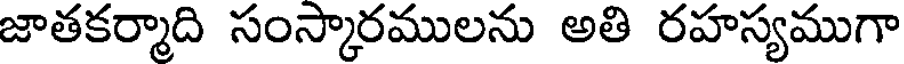
జాతకర్మాది సంస్కారములను అతి రహస్యముగా